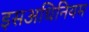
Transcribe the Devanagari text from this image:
इसअधिनियम